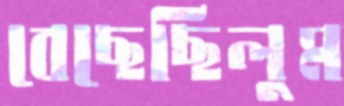
বেছেছিলুম